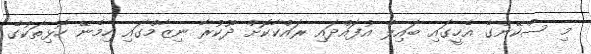
މި ސްކޭންގެ އެހީގައި ބައިލް އުފައްދައި ރައްކާކޮށް ދޫކުރާ ނިޒާމްގައި ހިމެނޭ ހޮޅިތަކުގެ